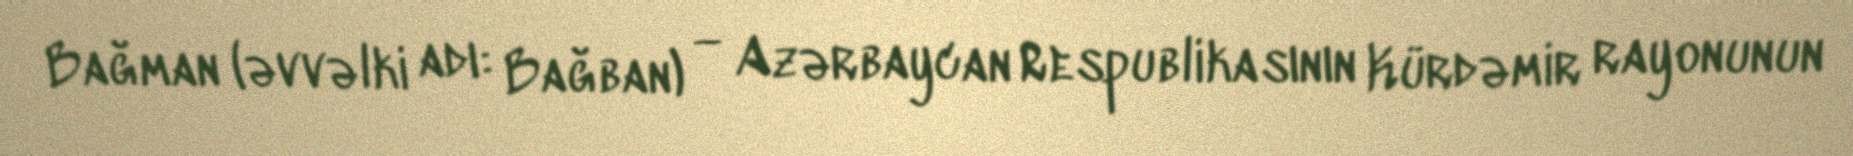
Bağman (əvvəlki adı: Bağban) — Azərbaycan Respublikasının Kürdəmir rayonunun